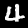
Digit: 4